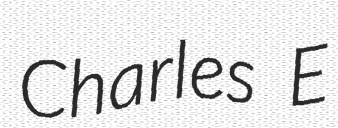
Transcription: Charles E